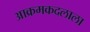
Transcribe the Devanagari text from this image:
आक्रमकदलाला